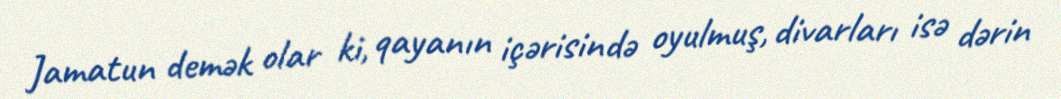
Jamatun demək olar ki, qayanın içərisində oyulmuş, divarları isə dərin